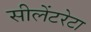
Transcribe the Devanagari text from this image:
सीलेंटरेटा